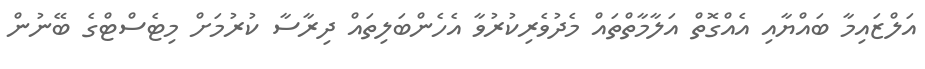
އަލްޒައިމާ ބައްޔާއި އެއްގޮތް އަލާމާތްތައް މެދުވެރިކުރުވާ އެހެންބަލިތައް ދިރާސާ ކުރުމަށް މިޓެސްޓްގެ ބޭނުން